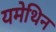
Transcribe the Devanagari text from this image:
यमेथिन